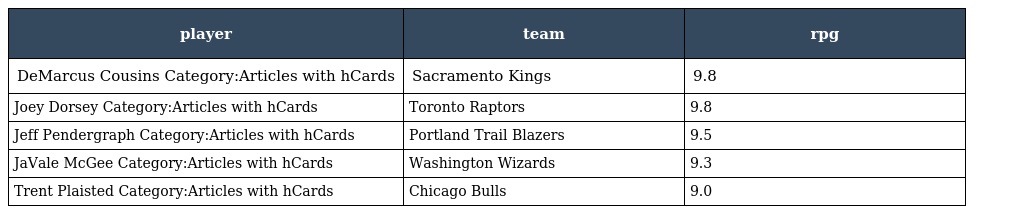
| player | team | rpg |
 | --- | --- | --- |
 | DeMarcus Cousins Category:Articles with hCards | Sacramento Kings | 9.8 |
 | Joey Dorsey Category:Articles with hCards | Toronto Raptors | 9.8 |
 | Jeff Pendergraph Category:Articles with hCards | Portland Trail Blazers | 9.5 |
 | JaVale McGee Category:Articles with hCards | Washington Wizards | 9.3 |
 | Trent Plaisted Category:Articles with hCards | Chicago Bulls | 9.0 |